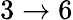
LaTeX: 3\to 6